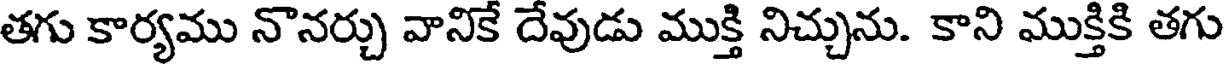
తగు కార్యము నొనర్చు వానికే దేవుడు ముక్తి నిచ్చును. కాని ముక్తికి తగు